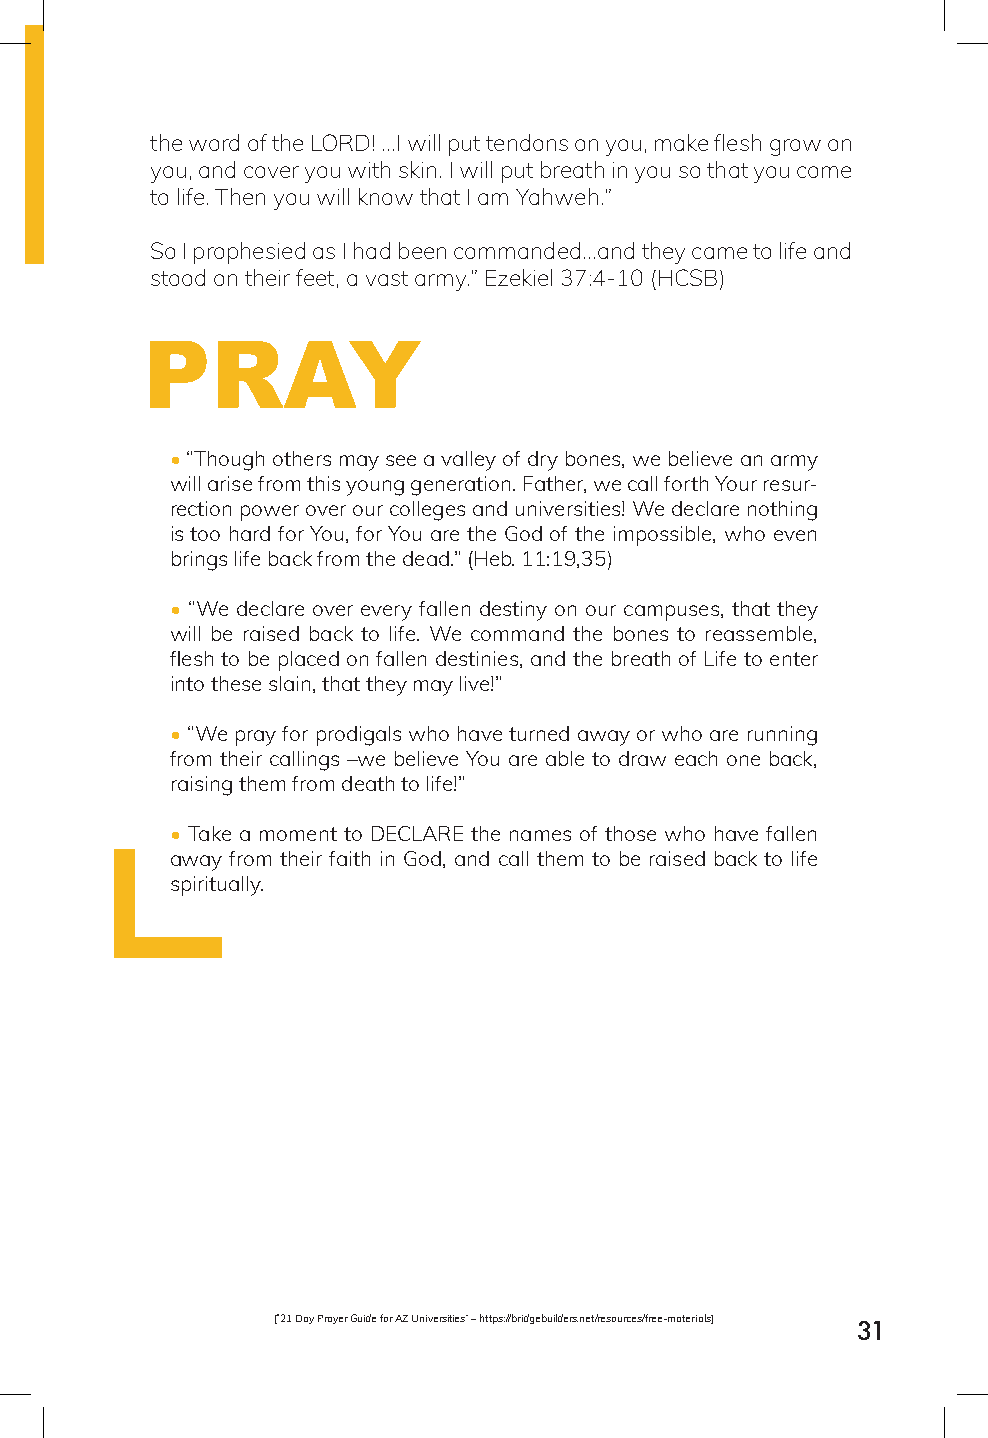
the word of the LORD! ...I will put tendons on you, make flesh grow on
 you, and cover you with skin. I will put breath in you so that you come
 to life. Then you will know that I am Yahweh.”
 So I prophesied as I had been commanded...and they came to life and
 stood on their feet, a vast army.” Ezekiel 37:4-10 (HCSB)
 PRAY
 • “Though others may see a valley of dry bones, we believe an army
 will arise from this young generation. Father, we call forth Your resur-
 rection power over our colleges and universities! We declare nothing
 is too hard for You, for You are the God of the impossible, who even
 brings life back from the dead.” (Heb. 11:19,35)
 • “We declare over every fallen destiny on our campuses, that they
 will be raised back to life. We command the bones to reassemble,
 flesh to be placed on fallen destinies, and the breath of Life to enter
 into these slain, that they may live!”
 • “We pray for prodigals who have turned away or who are running
 from their callings –we believe You are able to draw each one back,
 raising them from death to life!”
 • Take a moment to DECLARE the names of those who have fallen
 away from their faith in God, and call them to be raised back to life
 spiritually.
 [“21 Day Prayer Guide for AZ Universities” – https://bridgebuilders.net/resources/free-materials]
 31